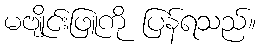
မဗျိုင်းဖြူကို ပြန်ရသည်။